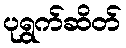
ပုရွက်ဆိတ်